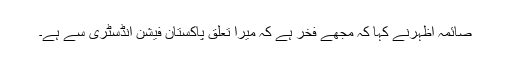
صائمہ اظہرنے کہا کہ مجھے فخر ہے کہ میرا تعلق پاکستان فیشن انڈسٹری سے ہے۔